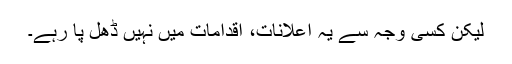
لیکن کسی وجہ سے یہ اعلانات، اقدامات میں نہیں ڈھل پا رہے۔